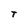
Character: T